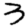
Digit: 3